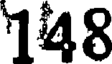
148